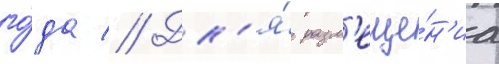
го́да // Дл'я́ разм'еще́н'иа